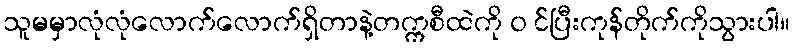
သူမမှာလုံလုံလောက်လောက်ရှိတာနဲ့တက္ကစီထဲကို ၀ င်ပြီးကုန်တိုက်ကိုသွားပါ။